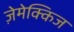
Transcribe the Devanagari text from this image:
ज़ेमेक्किज